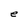
Character: e